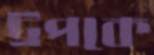
ট্রপকে